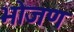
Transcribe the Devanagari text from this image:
भोजण